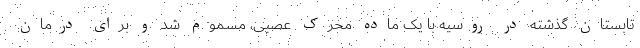
تابستان گذشته در روسیه با یک ماده محرک عصبی، مسموم شد و برای درمان